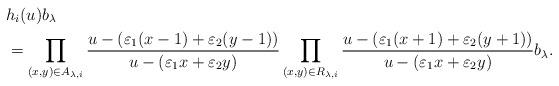
LaTeX: \begin{align*}& h_i(u) b_{\lambda}\\&= \prod_{(x,y) \in A_{\lambda,i}}\dfrac{u - (\varepsilon_1(x - 1) + \varepsilon_2(y - 1))}{u - (\varepsilon_1 x + \varepsilon_2 y)} \prod_{(x,y) \in R_{\lambda,i}}\dfrac{u - (\varepsilon_1 (x + 1) + \varepsilon_2 (y + 1))}{u - (\varepsilon_1 x + \varepsilon_2 y)} b_{\lambda}.\end{align*}